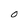
Character: O